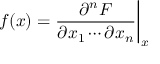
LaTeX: f ( x ) = { \frac { \partial ^ { n } F } { \partial x _ { 1 } \cdots \partial x _ { n } } } { \bigg | } _ { x }